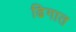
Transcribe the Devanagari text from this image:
ढिगात